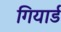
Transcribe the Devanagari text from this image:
गियार्ड